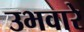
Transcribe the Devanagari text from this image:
उभवारे